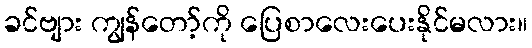
ခင်ဗျား ကျွန်တော့်ကို ပြေစာလေးပေးနိုင်မလား။